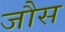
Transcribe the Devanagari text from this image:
जौस